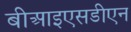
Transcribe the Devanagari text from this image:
बीआइएसडीएन